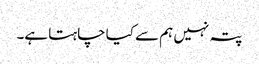
پتہ نہیں ہم سے کیا چاہتا ہے۔